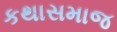
કથાસમાજ